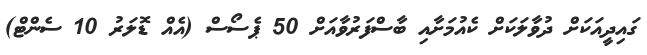
ގައިދީއަކަށް ދުވާލަކަށް ކެއުމަށާއި ބާސްފަރުވާއަށް 50 ޕެސޯސް (އެއް ޑޮލަރު 10 ސެންޓް)